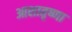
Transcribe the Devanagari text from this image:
आशातृष्णा